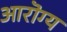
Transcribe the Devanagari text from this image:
आरॊग्य